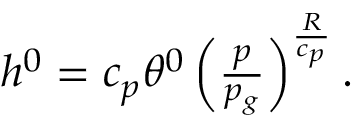
\begin{array} { r } { h ^ { 0 } = c _ { p } \theta ^ { 0 } \left( \frac { p } { p _ { g } } \right) ^ { \frac { R } { c _ { p } } } . } \end{array}